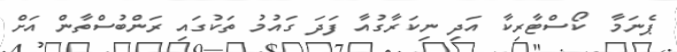
ޕެނަމާ  ކޯސްޓާރިކާ އަދި ނިކަރާގުއާ ފަދަ ގައުމު ތަކުގައި ރަންބުސްތާން އަށް